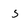
Character: 5